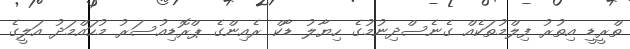
ތްރީޑީ އިތުރު ފިލްމުތަކެއް ގެނެސްދިނުމުގެ ހިޔާލު ޑާކް ރެއިންގެ ޕްރޮޑިއުސަރު މުހައްމަދު އަލީގެ